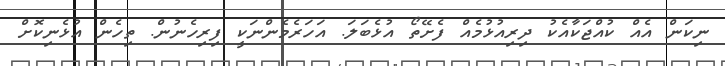
ނިކަން އެއް ކުއްޖަކާއެކު ދިރިއުޅުމެއް ފެށޭތޯ އުޅެބަލަ. އަހަރެމެންނަކީ ފިރިހެނުން. ތިހެން އުޅެނިކޮށް